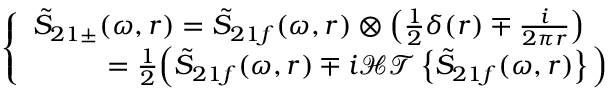
\left\{ \begin{array} { l } { \tilde { S } _ { 2 1 \pm } ( \omega , r ) = \tilde { S } _ { 2 1 f } ( \omega , r ) \otimes \left( \frac { 1 } { 2 } \delta ( r ) \mp \frac { i } { 2 \pi r } \right) } \\ { ~ ~ ~ ~ ~ ~ ~ ~ = \frac { 1 } { 2 } \Big ( \tilde { S } _ { 2 1 f } ( \omega , r ) \mp i \mathcal { H T } \left\{ \tilde { S } _ { 2 1 f } ( \omega , r ) \right\} \Big ) } \end{array} \right.